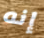
إنه